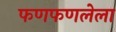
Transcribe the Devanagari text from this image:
फणफणलेला